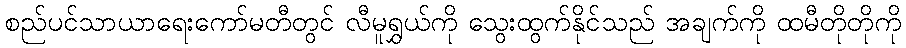
စည်ပင်သာယာရေးကော်မတီတွင် လီမူရွှယ်ကို သွေးထွက်နိုင်သည် အချက်ကို ထမီတိုတိုကို